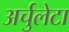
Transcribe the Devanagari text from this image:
अर्चुलेटा